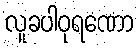
လူခပါဝုရဏော